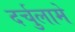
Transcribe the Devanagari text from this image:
दर्चुलामे